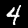
Digit: 4